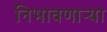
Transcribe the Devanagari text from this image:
निभावणाऱ्या